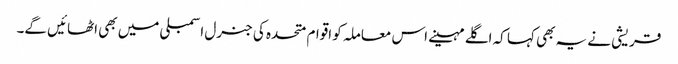
قریشی نے یہ بھی کہا کہ اگلے مہینے اس معاملہ کو اقوام متحدہ کی جنرل اسمبلی میں بھی اٹھائیں گے۔